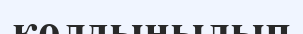
қолдынылып